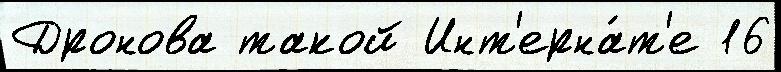
Дронова такой Инт'ерна́т'е 16